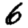
Digit: 6